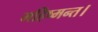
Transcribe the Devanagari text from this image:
महिष्मन्त।